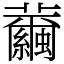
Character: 𦇂